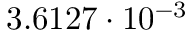
3 . 6 1 2 7 \cdot 1 0 ^ { - 3 }